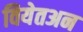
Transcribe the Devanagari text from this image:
वियेतअन